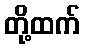
တို့ထက်